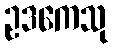
ဥဒကေသု